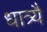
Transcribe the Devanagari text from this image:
धात्र्यै